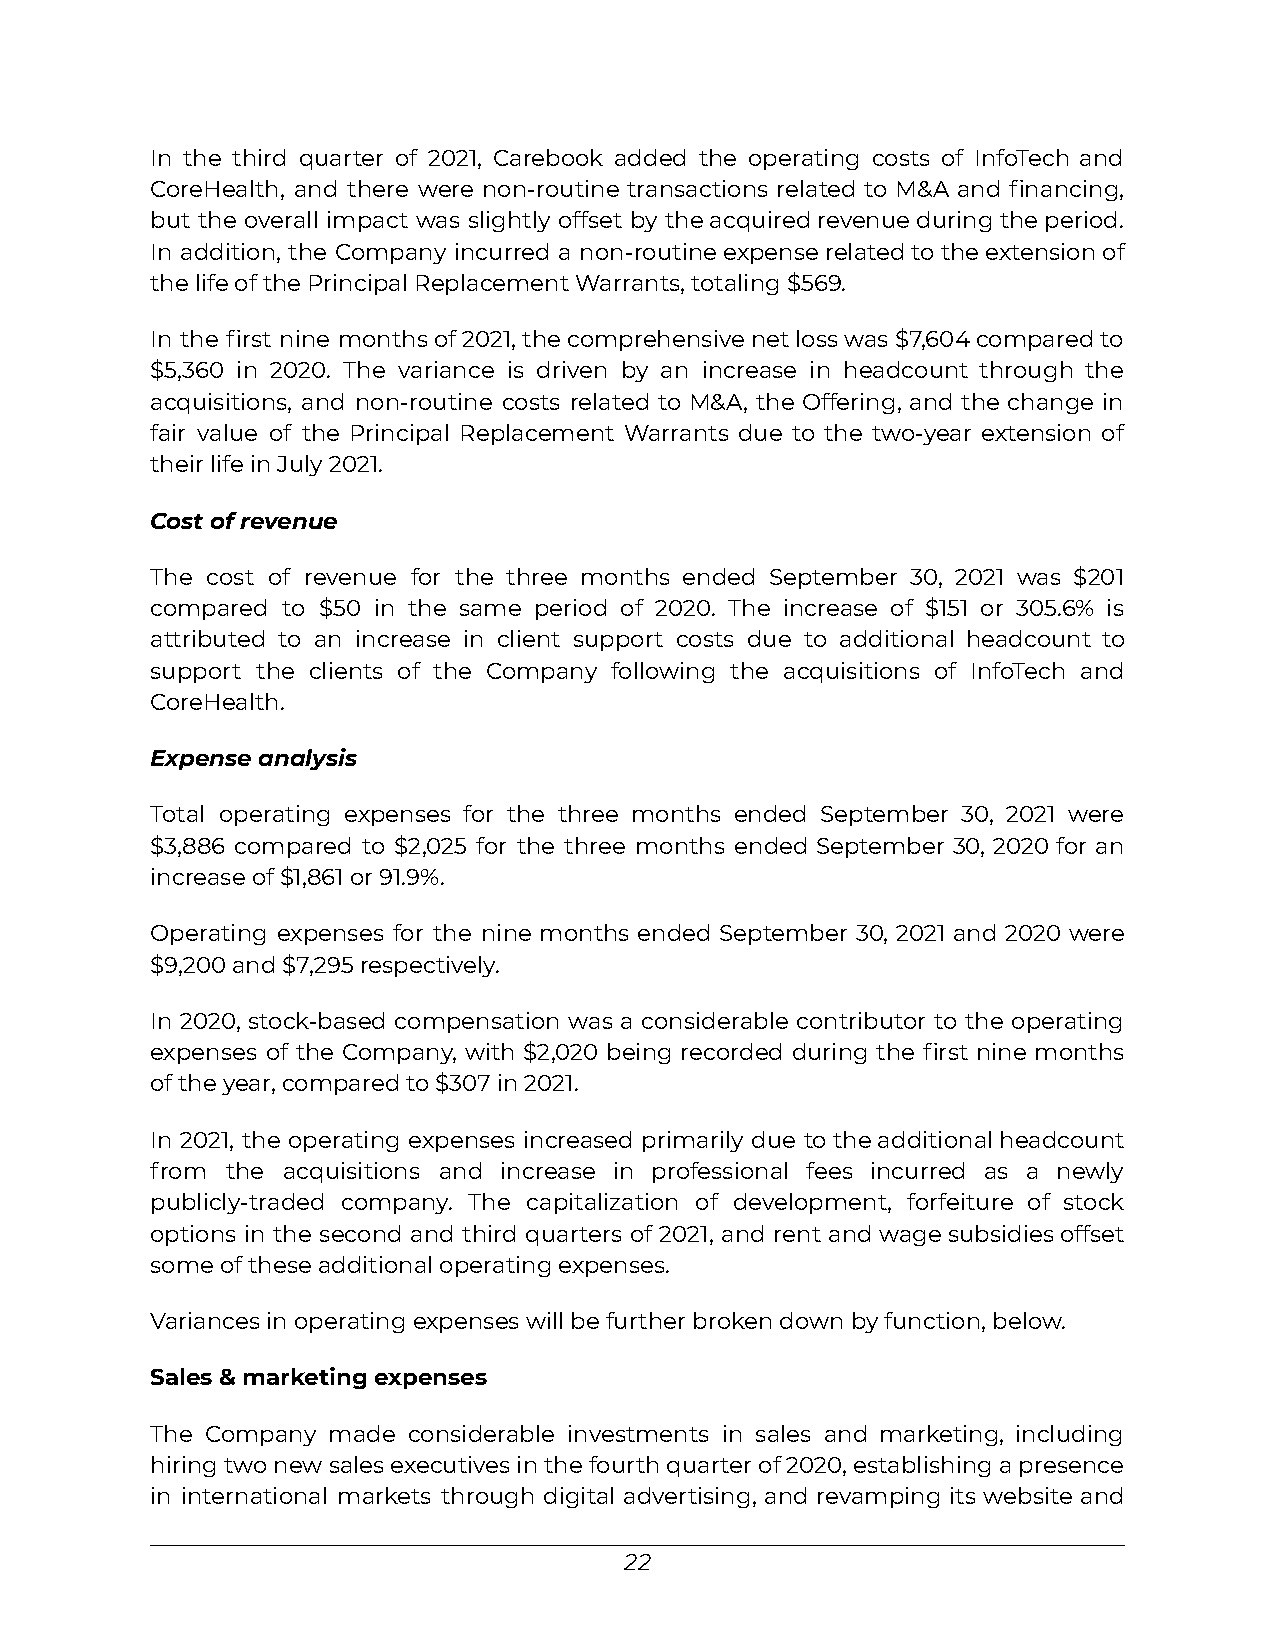
In the third quarter of 2021, Carebook added the operating costs of InfoTech and
 CoreHealth, and there were non-routine transactions related to M&A and financing,
 but the overall impact was slightly offset by theacquiredrevenueduringtheperiod.
 In addition, the Company incurred a non-routineexpenserelatedtotheextensionof
 the life of the Principal Replacement Warrants, totaling $569.
 In the first nine monthsof2021,thecomprehensivenetlosswas$7,604comparedto
 $5,360 in 2020. The variance is driven by an increase in headcount through the
 acquisitions, and non-routine costs related to M&A, the Offering, and the change in
 fair value of the Principal Replacement Warrants due to the two-year extension of
 their life in July 2021.
 Cost of revenue
 The cost of revenue for the three months ended September 30, 2021 was $201
 compared to $50 in the same period of 2020. The increase of $151 or 305.6% is
 attributed to an increase in client support costs due to additional headcount to
 support the clients of the Company following the acquisitions of InfoTech and
 CoreHealth.
 Expense analysis
 Total operating expenses for the three months ended September 30, 2021 were
 $3,886 compared to $2,025 for the three months ended September 30, 2020 for an
 increase of $1,861 or 91.9%.
 Operating expenses for the nine months ended September 30, 2021 and 2020 were
 $9,200 and $7,295 respectively.
 In 2020, stock-based compensation was a considerable contributor to the operating
 expenses of the Company, with $2,020 being recorded during the first nine months
 of the year, compared to $307 in 2021.
 In 2021, the operating expenses increased primarily due totheadditionalheadcount
 from the acquisitions and increase in professional fees incurred as a newly
 publicly-traded company. The capitalization of development, forfeiture of stock
 options in the second and third quarters of 2021, and rent andwagesubsidiesoffset
 some of these additional operating expenses.
 Variances in operating expenses will be further broken down by function, below.
 Sales & marketing expenses
 The Company made considerable investments in sales and marketing, including
 hiringtwonewsalesexecutivesinthefourthquarterof2020,establishingapresence
 in international markets through digital advertising, and revamping its website and
 22